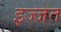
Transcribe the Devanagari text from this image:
इज्‍जत